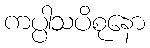
ကပ္ပါသပိစုနော